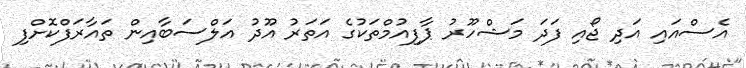
އެސްއައި އަދި ޖޯއި ފަދަ މަޝްހޫރު ޕާފިއުމްތަކުގެ އަތަރު އޫދު އަލްސަބާއިން ތައާރަފްކޮށްފި